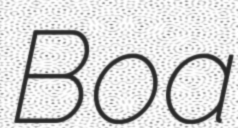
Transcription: Boa